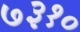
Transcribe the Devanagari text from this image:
७३१०